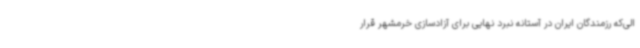
الی‌که رزمندگان ایران در آستانه نبرد نهایی برای آزادسازی خرمشهر قرار